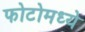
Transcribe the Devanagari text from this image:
फोटोमध्ये